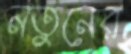
নতুনের